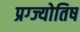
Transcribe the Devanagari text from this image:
प्रग्ज्योतिष